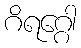
ဂိရဂ္ဂေါ